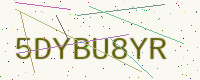
Text: 5DYBU8YR